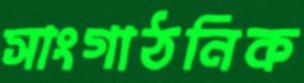
সাংগাঠনিক